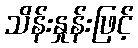
သိန်းနှုန်းဖြင့်